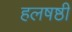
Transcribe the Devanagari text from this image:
हलषष्ठी